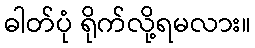
ဓါတ်ပုံ ရိုက်လို့ရမလား။